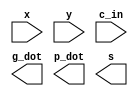
module cla_4bits (x,y,c_in,g_dot,p_dot,s); // 4bits Carry-Look-Ahead Adder

	input wire [3:0] x, y; // input operand : x, y
	input wire c_in; // input carry

	output wire g_dot, p_dot; // Group-generated carry, Group-propagated carry
	output wire [3:0] s; // output sum

	wire [3:0] g, p; // generated carry, propagated carry
	wire [3:0] c; // carry-look-ahead

	//coding here!!

    	/***********************
	//coding here!!
	//
	***********************/

endmodule